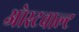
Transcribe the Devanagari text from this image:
ओस्टवाल्ट